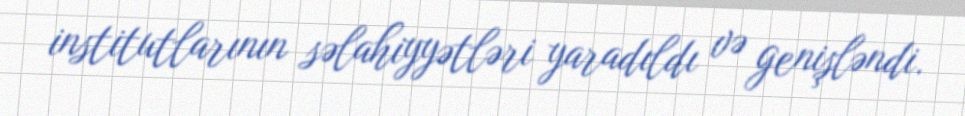
institutlarının səlahiyyətləri yaradıldı və genişləndi.